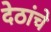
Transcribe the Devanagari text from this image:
देठांचे